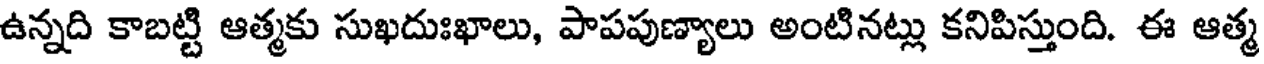
ఉన్నది కాబట్టి ఆత్మకు సుఖదుఃఖాలు, పాపపుణ్యాలు అంటినట్లు కనిపిస్తుంది. ఈ ఆత్మ